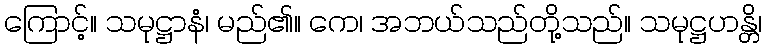
ကြောင့်။ သမုဋ္ဌာနံ၊ မည်၏။ ကေ၊ အဘယ်သည်တို့သည်။ သမုဋ္ဌဟန္တိ၊